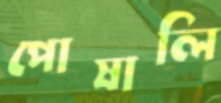
পোষালি